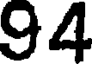
94